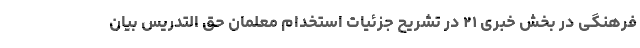
فرهنگی در بخش خبری ٢١ در تشریح جزئیات استخدام معلمان حق التدریس بیان